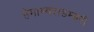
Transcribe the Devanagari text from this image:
हेमाम्बराडम्बरी